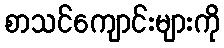
စာသင်ကျောင်းများကို